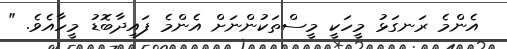
އެންމެ ރަނގަޅު މީހަކީ މީސްތަކުންނަށް އެންމެ ފައިދާބޮޑު މީހާއެވެ. "